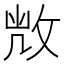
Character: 𢽆